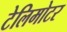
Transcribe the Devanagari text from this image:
टेलिमोटर